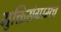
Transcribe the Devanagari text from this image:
मुक्तिसंग्रामचे